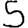
Digit: 5